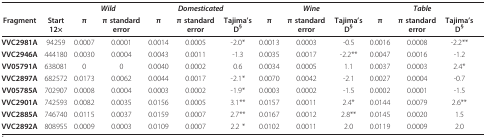
<table><thead><tr><td></td><td></td><td colspan="2"><b><i>Wild</i></b></td><td colspan="3"><b><i>Domesticated</i></b></td><td colspan="3"><b><i>Wine</i></b></td><td colspan="3"><b><i>Table</i></b></td><td></td></tr><tr><td><b>Fragment</b></td><td><b>Start 12×</b></td><td><b>π</b></td><td><b>π standard error</b></td><td><b>π</b></td><td><b>π standard error</b></td><td><b>Tajima&#x27;s D<sup>§</sup></b></td><td><b>π</b></td><td><b>π standard error</b></td><td><b>Tajima&#x27;s D<sup>§</sup></b></td><td><b>π</b></td><td><b>π standard error</b></td><td><b>Tajima&#x27;s D<sup>§</sup></b></td><td></td></tr></thead><tbody><tr><td><b>VVC2981A</b></td><td>94259</td><td>0.0007</td><td>0.0001</td><td>0.0014</td><td>0.0005</td><td>-2.0*</td><td>0.0013</td><td>0.0003</td><td>-0.5</td><td>0.0016</td><td>0.0008</td><td>-2.2**</td><td></td></tr><tr><td><b>VVC2946A</b></td><td>444180</td><td>0.0030</td><td>0.0004</td><td>0.0043</td><td>0.0011</td><td>-1.3</td><td>0.0035</td><td>0.0017</td><td>-2.2**</td><td>0.0047</td><td>0.0016</td><td>-1.2</td><td></td></tr><tr><td><b>VV05791A</b></td><td>638081</td><td>0</td><td>0</td><td>0.0040</td><td>0.0002</td><td>0.6</td><td>0.0034</td><td>0.0005</td><td>1.1</td><td>0.0037</td><td>0.0003</td><td>2.4*</td><td></td></tr><tr><td><b>VVC2897A</b></td><td>682572</td><td>0.0173</td><td>0.0062</td><td>0.0044</td><td>0.0017</td><td>-2.1*</td><td>0.0070</td><td>0.0042</td><td>-2.1</td><td>0.0027</td><td>0.0004</td><td>-0.7</td><td></td></tr><tr><td><b>VV05785A</b></td><td>702907</td><td>0.0008</td><td>0.0004</td><td>0.0003</td><td>0.0002</td><td>-1.9*</td><td>0.0003</td><td>0.0002</td><td>-1.5</td><td>0.0002</td><td>0.0001</td><td>-1.5</td><td></td></tr><tr><td><b>VVC2901A</b></td><td>742593</td><td>0.0082</td><td>0.0035</td><td>0.0156</td><td>0.0005</td><td>3.1**</td><td>0.0157</td><td>0.0011</td><td>2.4*</td><td>0.0144</td><td>0.0079</td><td>2.6**</td><td></td></tr><tr><td><b>VVC2885A</b></td><td>746740</td><td>0.0115</td><td>0.0037</td><td>0.0159</td><td>0.0007</td><td>2.7**</td><td>0.0167</td><td>0.0012</td><td>2.8**</td><td>0.0145</td><td>0.0020</td><td>1.5</td><td></td></tr><tr><td><b>VVC2892A</b></td><td>808955</td><td>0.0009</td><td>0.0003</td><td>0.0109</td><td>0.0007</td><td>2.2 *</td><td>0.0102</td><td>0.0011</td><td>2.0</td><td>0.0119</td><td>0.0009</td><td>2.0</td><td></td></tr></tbody></table>